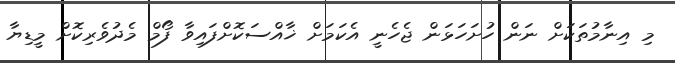
މި އިނާމުތަކަށް ނަން ހުށަހަޅަން ޖެހެނީ އެކަމަށް ޚާއްސަކޮށްފައިވާ ފޯމް މެދުވެރިކޮށް މީޑިޔާ